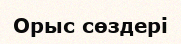
Орыс сөздері